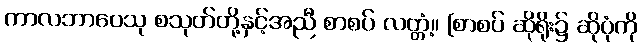
ကာလဘာဝေသု စသုတ်တို့နှင့်အညီ စာစပ် လတ္တံ့။ [စာစပ် ဆိုရိုး၌ ဆိုပုံကို